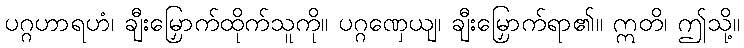
ပဂ္ဂဟာရဟံ၊ ချီးမြှောက်ထိုက်သူကို။ ပဂ္ဂဏှေယျ၊ ချီးမြှောက်ရာ၏။ ဣတိ၊ ဤသို့။